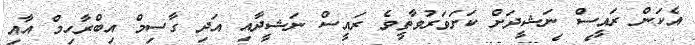
އެކަން ރައީސް ނަޝީދަށް ކަށަވަރުވާތީވެ ރައީސް ނަޝީދާއި އަދި ގާސިމް އިބްރާހިމް އާއި